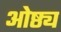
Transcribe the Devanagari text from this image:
ओष्ठ्य